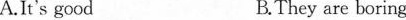
A. \overline{I^{\prime}sgood}$$ B.They are boring